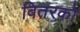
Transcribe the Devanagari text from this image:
वितरको